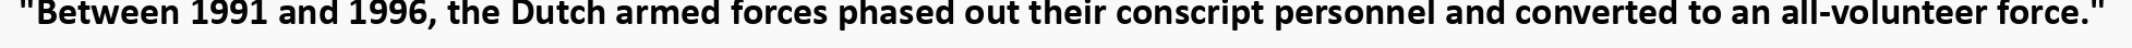
"Between 1991 and 1996, the Dutch armed forces phased out their conscript personnel and converted to an all-volunteer force."